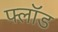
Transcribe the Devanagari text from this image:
फ्लॉड